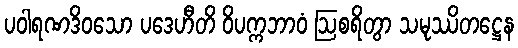
ပဝါရဏဒိဝသော ပဒေဟီတိ ဝိပက္ကဘာဝံ ဩစရိတွာ သမုဿိတဋ္ဌေန